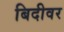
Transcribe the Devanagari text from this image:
बिदीवर